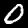
Digit: 0